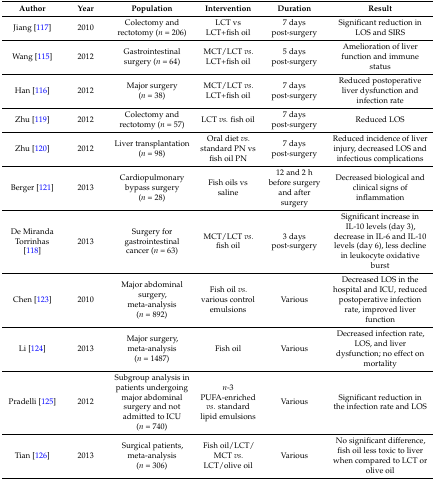
<table><thead><tr><td><b>Author</b></td><td><b>Year</b></td><td><b>Population</b></td><td><b>Intervention</b></td><td><b>Duration</b></td><td><b>Result</b></td></tr></thead><tbody><tr><td>Jiang [117]</td><td>2010</td><td>Colectomy and rectotomy (<i>n</i> = 206)</td><td>LCT vs LCT+fish oil</td><td>7 days post-surgery</td><td>Significant reduction in LOS and SIRS</td></tr><tr><td>Wang [115]</td><td>2012</td><td>Gastrointestinal surgery (<i>n</i> = 64)</td><td>MCT/LCT <i>vs.</i> LCT+fish oil</td><td>5 days post-surgery</td><td>Amelioration of liver function and immune status</td></tr><tr><td>Han [116]</td><td>2012</td><td>Major surgery (<i>n</i> = 38)</td><td>MCT/LCT <i>vs.</i> LCT+fish oil</td><td>7 days post-surgery</td><td>Reduced postoperative liver dysfunction and infection rate</td></tr><tr><td>Zhu [119]</td><td>2012</td><td>Colectomy and rectotomy (<i>n</i> = 57)</td><td>LCT <i>vs.</i> fish oil</td><td>7 days post-surgery</td><td>Reduced LOS</td></tr><tr><td>Zhu [120]</td><td>2012</td><td>Liver transplantation (<i>n</i> = 98)</td><td>Oral diet <i>vs.</i> standard PN vs fish oil PN</td><td>7 days post-surgery</td><td>Reduced incidence of liver injury, decreased LOS and infectious complications</td></tr><tr><td>Berger [121]</td><td>2013</td><td>Cardiopulmonary bypass surgery (<i>n</i> = 28)</td><td>Fish oils vs saline</td><td>12 and 2 h before surgery and after surgery</td><td>Decreased biological and clinical signs of inflammation</td></tr><tr><td>De Miranda Torrinhas [118]</td><td>2013</td><td>Surgery for gastrointestinal cancer (<i>n</i> = 63)</td><td>MCT/LCT <i>vs.</i> fish oil</td><td>3 days post-surgery</td><td>Significant increase in IL-10 levels (day 3), decrease in IL-6 and IL-10 levels (day 6), less decline in leukocyte oxidative burst</td></tr><tr><td>Chen [123]</td><td>2010</td><td>Major abdominal surgery, meta-analysis (<i>n</i> = 892)</td><td>Fish oil <i>vs.</i> various control emulsions </td><td>Various</td><td>Decreased LOS in the hospital and ICU, reduced postoperative infection rate, improved liver function</td></tr><tr><td>Li [124]</td><td>2013</td><td>Major surgery, meta-analysis (<i>n</i> = 1487)</td><td>Fish oil</td><td>Various</td><td>Decreased infection rate, LOS, and liver dysfunction; no effect on mortality</td></tr><tr><td>Pradelli [125]</td><td>2012</td><td>Subgroup analysis in patients undergoing major abdominal surgery and not admitted to ICU (<i>n</i> = 740)</td><td><i>n</i>-3 PUFA-enriched <i>vs.</i> standard lipid emulsions</td><td>Various</td><td>Significant reduction in the infection rate and LOS</td></tr><tr><td>Tian [126]</td><td>2013</td><td>Surgical patients, meta-analysis (<i>n</i> = 306)</td><td>Fish oil/LCT/ MCT <i>vs.</i> LCT/olive oil</td><td>Various</td><td>No significant difference, fish oil less toxic to liver when compared to LCT or olive oil</td></tr></tbody></table>